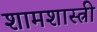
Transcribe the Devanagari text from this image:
शामशास्त्री